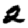
Digit: 2